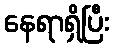
နေရာရှိပြီး